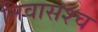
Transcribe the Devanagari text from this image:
निवासश्च